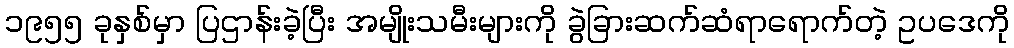
၁၉၅၅ ခုနှစ်မှာ ပြဌာန်းခဲ့ပြီး အမျိုးသမီးများကို ခွဲခြားဆက်ဆံရာရောက်တဲ့ ဥပဒေကို